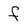
Character: f